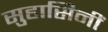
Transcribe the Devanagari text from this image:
सुहासिनीं